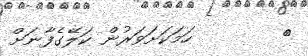
٦        ހަމަކަށަވަރުން ކަލޭގެފާނަށް